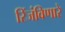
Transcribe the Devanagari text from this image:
रिंजंविणारे